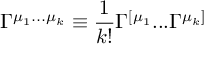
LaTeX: \Gamma ^ { \mu _ { 1 } . . . \mu _ { k } } \equiv { \frac { 1 } { k ! } } \Gamma ^ { [ \mu _ { 1 } } . . . \Gamma ^ { \mu _ { k } ] }